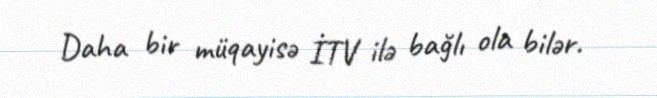
Daha bir müqayisə İTV ilə bağlı ola bilər.